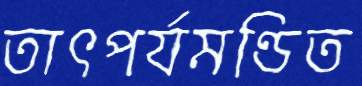
তাৎপর্যমণ্ডিত